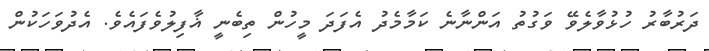
ދަރުބާރު ހުޅުވާލެވޭ ވަގުތު އަންނާނެ ކަމާމެދު އެފަދަ މީހުން ތިބެނީ ޣާފިލުވެފައެވެ. އެދުވަހަކުން